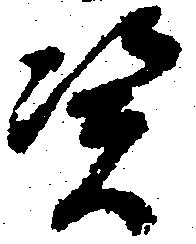
憑